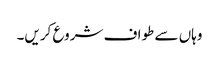
وہاں سے طواف شروع کریں۔